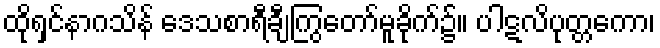
ထိုရှင်နာဂသိန် ဒေသစာရီချီကြွတော်မူခိုက်၌။ ပါဋလိပုတ္တကော၊